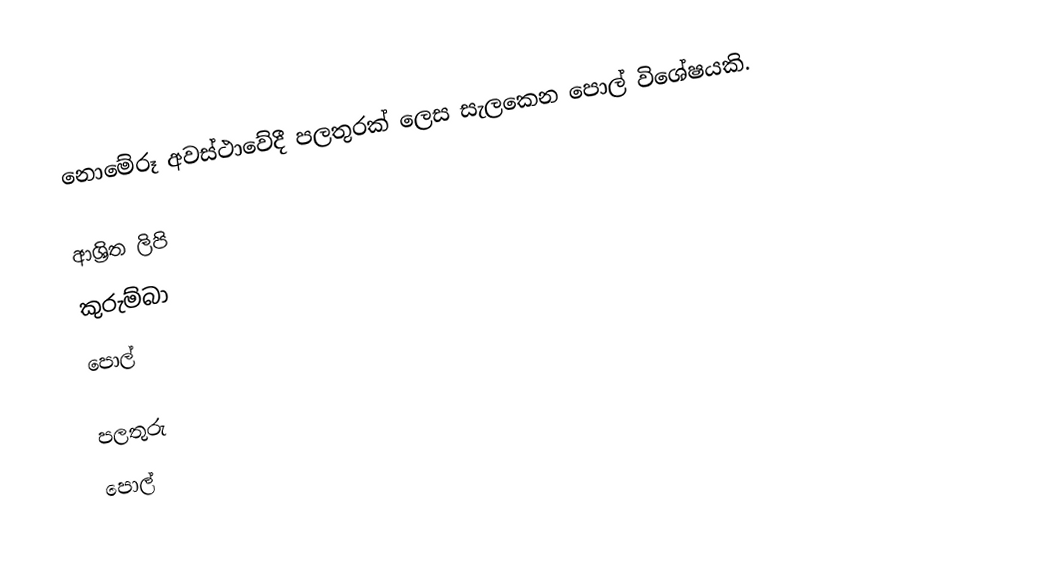
නොමේරූ අවස්ථාවේදී පලතුරක් ලෙස සැලකෙන පොල් විශේෂයකි.

ආශ්‍රිත ලිපි
 කුරුම්බා
 පොල්

පලතුරු
පොල්